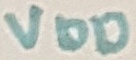
Text: VDD